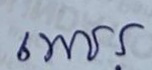
เพชร